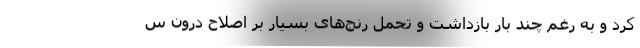
کرد و به رغم چند بار بازداشت و تحمل رنج‌های بسیار بر اصلاح درون س